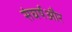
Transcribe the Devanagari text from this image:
संघर्षऔर